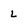
Character: L